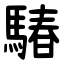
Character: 䮞